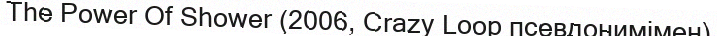
The Power Of Shower (2006, Crazy Loop псевдонимімен)